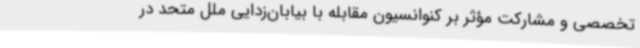
تخصصی و مشارکت مؤثر بر کنوانسیون مقابله با بیابان‌زدایی ملل متحد در